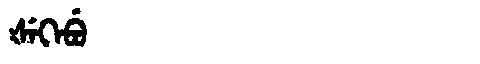
Manchu: ᡧᡝᡴᡝᠪᡠ
Romanization: ŠEKEBU